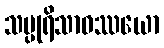
သပ္ပုရိသာဝဿယော